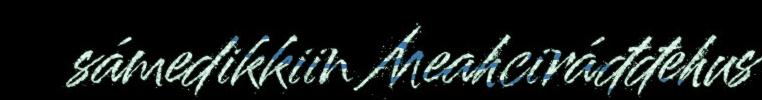
sámedikkiin Meahciráđđehus